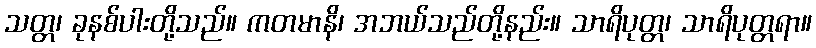
သတ္တ၊ ခုနစ်ပါးတို့သည်။ ကတမာနိ၊ အဘယ်သည်တို့နည်း။ သာရိပုတ္တ၊ သာရိပုတ္တရာ။